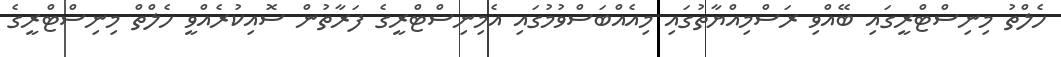
ހެލްތު މިނިސްޓްރީގައި ބޭއްވި ރަސްމިއްޔާތުގައި މިއެއްބަސްވުމުގައި އެމިނިސްޓްރީގެ ފަރާތުން ސޮއިކުރެއްވީ ހެލްތް މިނިސްޓްރީގެ